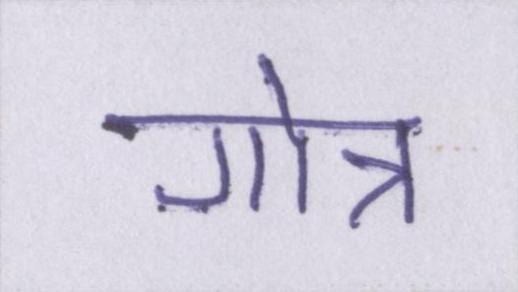
गोत्र